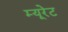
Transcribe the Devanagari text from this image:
म्यूरेट